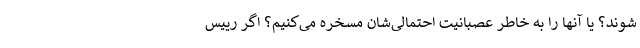
شوند؟ یا آنها را به خاطر عصبانیت احتمالی‌شان مسخره می‌کنیم؟ اگر رییس